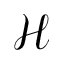
\mathcal { H }